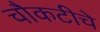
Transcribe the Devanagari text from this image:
चौकटीचे